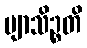
ဗျာသိဉ္စတိ